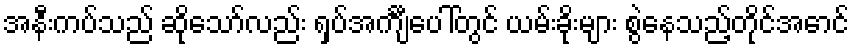
အနီးကပ်သည် ဆိုသော်လည်း ရှပ်အင်္ကျီပေါ်တွင် ယမ်းခိုးများ စွဲနေသည့်တိုင်အောင်